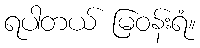
ရပါတယ် မြဝန်းရံ။